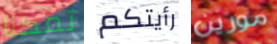
تمكنا رأيتكم مورين